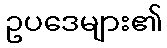
ဥပဒေများ၏